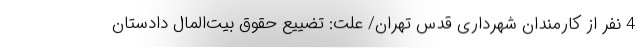
4 نفر از کارمندان شهرداری قدس تهران/ علت: تضییع حقوق بیت‌المال دادستان